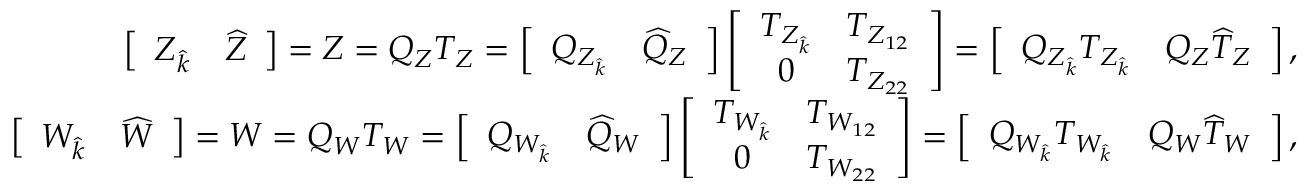
\begin{array} { r } { { \left[ \begin{array} { l l } { Z _ { \widehat { k } } } & { \widehat { Z } } \end{array} \right] = Z = Q _ { Z } T _ { Z } = \left[ \begin{array} { l l } { Q _ { Z _ { \widehat { k } } } } & { \widehat { Q } _ { Z } } \end{array} \right] \left[ \begin{array} { c c } { T _ { Z _ { \widehat { k } } } } & { T _ { Z _ { 1 2 } } } \\ { 0 } & { T _ { Z _ { 2 2 } } } \end{array} \right] = \left[ \begin{array} { l l } { Q _ { Z _ { \widehat { k } } } T _ { Z _ { \widehat { k } } } } & { Q _ { Z } \widehat { T } _ { Z } } \end{array} \right] , } } \\ { { \left[ \begin{array} { l l } { W _ { \widehat { k } } } & { \widehat { W } } \end{array} \right] = W = Q _ { W } T _ { W } = \left[ \begin{array} { l l } { Q _ { W _ { \widehat { k } } } } & { \widehat { Q } _ { W } } \end{array} \right] \left[ \begin{array} { c c } { T _ { W _ { \widehat { k } } } } & { T _ { W _ { 1 2 } } } \\ { 0 } & { T _ { W _ { 2 2 } } } \end{array} \right] = \left[ \begin{array} { l l } { Q _ { W _ { \widehat { k } } } T _ { W _ { \widehat { k } } } } & { Q _ { W } \widehat { T } _ { W } } \end{array} \right] , } } \end{array}